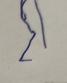
Signature authenticity: forged